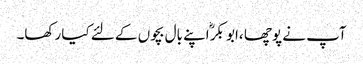
آپ نے پوچھا ،ابو بکرؓ اپنے بال بچوں کے لئے کیا رکھا۔